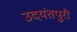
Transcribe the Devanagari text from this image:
उदयंतपुरी